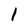
Character: 1